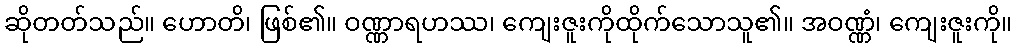
ဆိုတတ်သည်။ ဟောတိ၊ ဖြစ်၏။ ဝဏ္ဏာရဟဿ၊ ကျေးဇူးကိုထိုက်သောသူ၏။ အဝဏ္ဏံ၊ ကျေးဇူးကို။